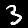
Label: 3